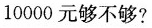
10000元够不够?